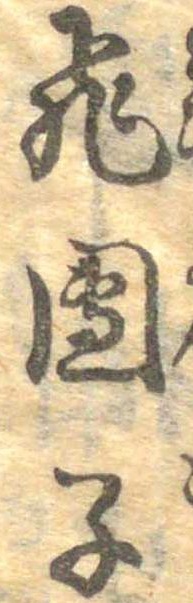
飛団子